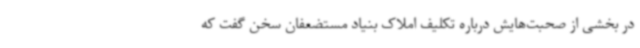
در بخشی از صحبت‌هایش درباره تکلیف املاک بنیاد مستضعفان سخن گفت که